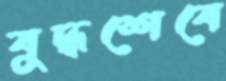
যুদ্ধশেষে